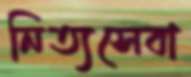
নিত্যসেবা